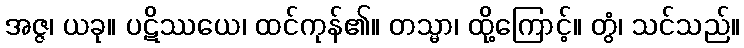
အဇ္ဇ၊ ယခု။ ပဋိဿယေ၊ ထင်ကုန်၏။ တသ္မာ၊ ထို့ကြောင့်။ တွံ၊ သင်သည်။